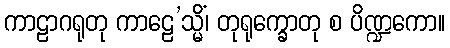
ကာဠာဂရုတု ကာဠေ’သ္မိံ၊ တုရုက္ခောတု စ ပိဏ္ဍကော။